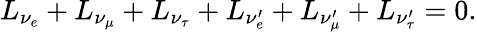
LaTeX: L_{\nu_{e}}+L_{\nu_{\mu}}+L_{\nu_{\tau}}+L_{\nu_{e}^{\prime}}+L_{\nu_{\mu}^{\prime}}+L_{\nu_{\tau}^{\prime}}=0.